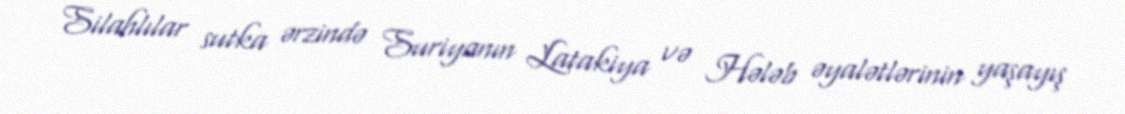
Silahlılar sutka ərzində Suriyanın Latakiya və Hələb əyalətlərinin yaşayış